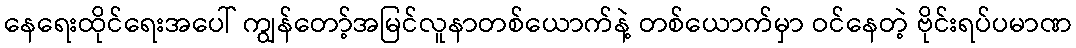
နေရေးထိုင်ရေးအပေါ် ကျွန်တော့်အမြင်လူနာတစ်ယောက်နဲ့ တစ်ယောက်မှာ ဝင်နေတဲ့ ဗိုင်းရပ်ပမာဏ